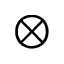
\otimes